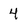
Character: 4